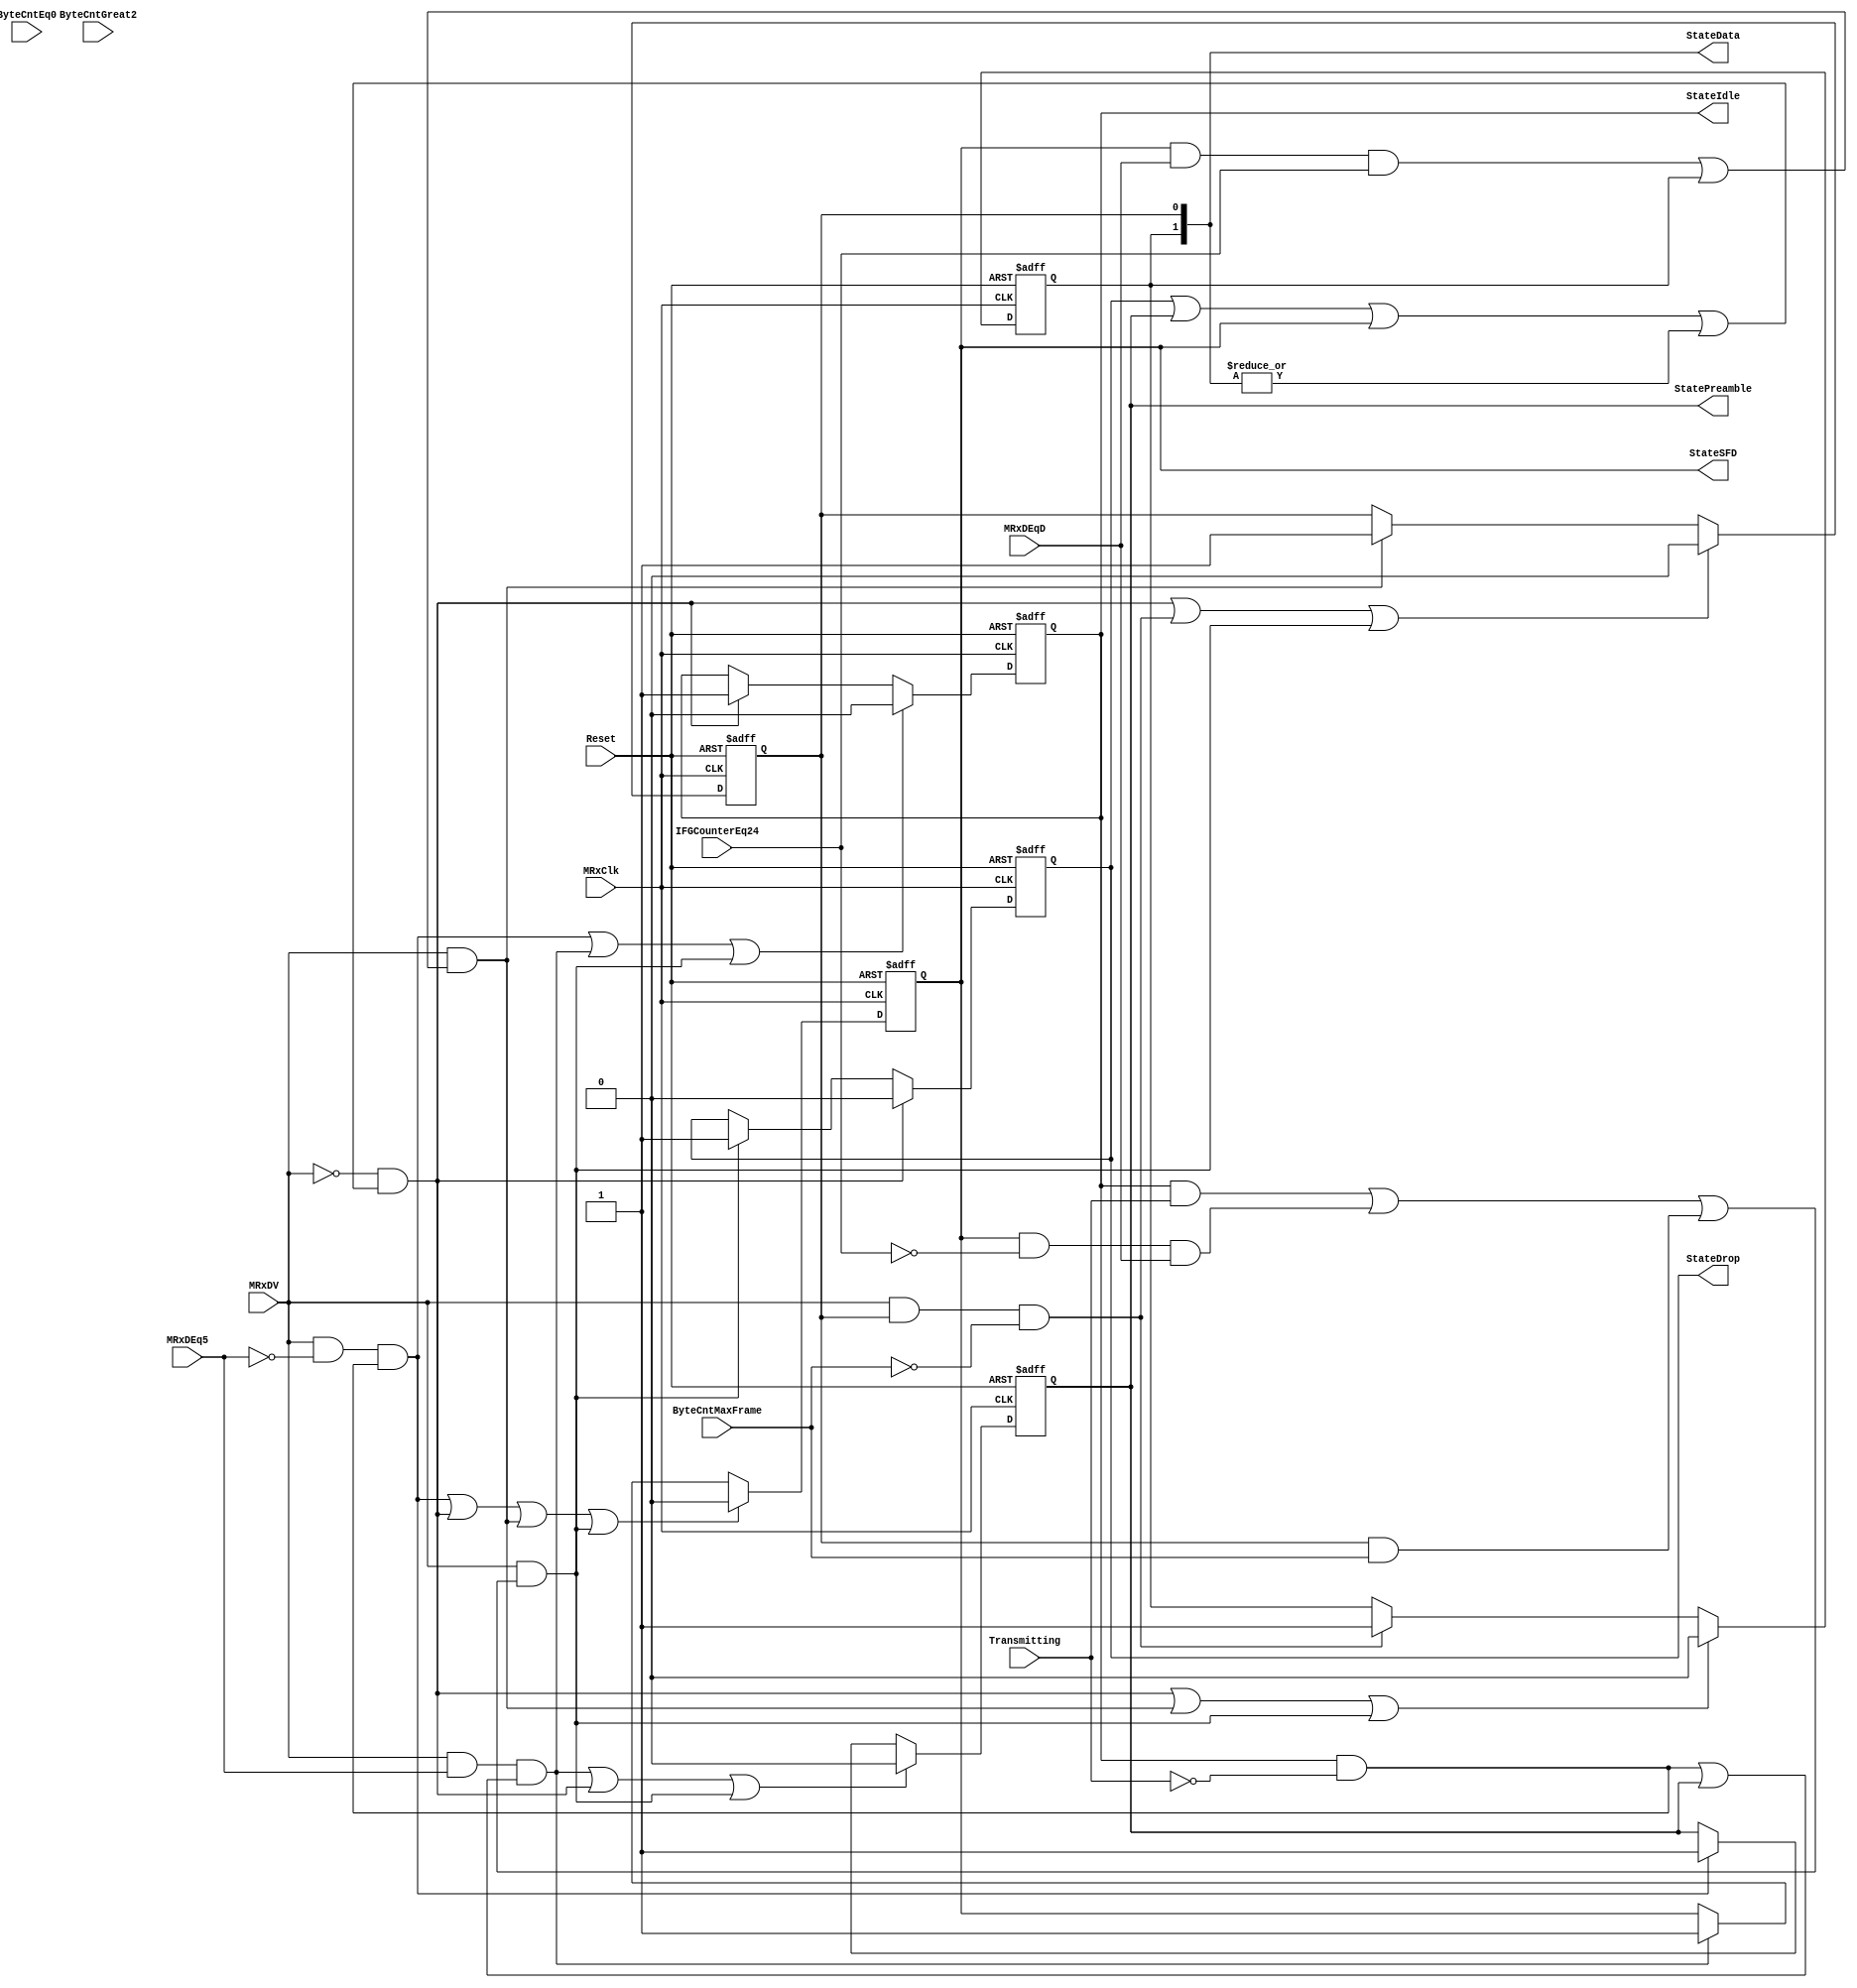
module eth_rxstatem (MRxClk, Reset, MRxDV, ByteCntEq0, ByteCntGreat2, Transmitting, MRxDEq5, MRxDEqD, 
                     IFGCounterEq24, ByteCntMaxFrame, StateData, StateIdle, StatePreamble, StateSFD, 
                     StateDrop
                    );

input         MRxClk;
input         Reset;
input         MRxDV;
input         ByteCntEq0;
input         ByteCntGreat2;
input         MRxDEq5;
input         Transmitting;
input         MRxDEqD;
input         IFGCounterEq24;
input         ByteCntMaxFrame;

output [1:0]  StateData;
output        StateIdle;
output        StateDrop;
output        StatePreamble;
output        StateSFD;

reg           StateData0;
reg           StateData1;
reg           StateIdle;
reg           StateDrop;
reg           StatePreamble;
reg           StateSFD;

wire          StartIdle;
wire          StartDrop;
wire          StartData0;
wire          StartData1;
wire          StartPreamble;
wire          StartSFD;


// Defining the next state
assign StartIdle = ~MRxDV & (StateDrop | StatePreamble | StateSFD | (|StateData));

assign StartPreamble = MRxDV & ~MRxDEq5 & (StateIdle & ~Transmitting);

assign StartSFD = MRxDV & MRxDEq5 & (StateIdle & ~Transmitting | StatePreamble);

assign StartData0 = MRxDV & (StateSFD & MRxDEqD & IFGCounterEq24 | StateData1);

assign StartData1 = MRxDV & StateData0 & (~ByteCntMaxFrame);

assign StartDrop = MRxDV & (StateIdle & Transmitting | StateSFD & ~IFGCounterEq24 &
                   MRxDEqD |  StateData0 &  ByteCntMaxFrame);

// Rx State Machine
always @ (posedge MRxClk or posedge Reset)
begin
  if(Reset)
    begin
      StateIdle     <=  1'b0;
      StateDrop     <=  1'b1;
      StatePreamble <=  1'b0;
      StateSFD      <=  1'b0;
      StateData0    <=  1'b0;
      StateData1    <=  1'b0;
    end
  else
    begin
      if(StartPreamble | StartSFD | StartDrop)
        StateIdle <=  1'b0;
      else
      if(StartIdle)
        StateIdle <=  1'b1;

      if(StartIdle)
        StateDrop <=  1'b0;
      else
      if(StartDrop)
        StateDrop <=  1'b1;

      if(StartSFD | StartIdle | StartDrop)
        StatePreamble <=  1'b0;
      else
      if(StartPreamble)
        StatePreamble <=  1'b1;

      if(StartPreamble | StartIdle | StartData0 | StartDrop)
        StateSFD <=  1'b0;
      else
      if(StartSFD)
        StateSFD <=  1'b1;

      if(StartIdle | StartData1 | StartDrop)
        StateData0 <=  1'b0;
      else
      if(StartData0)
        StateData0 <=  1'b1;

      if(StartIdle | StartData0 | StartDrop)
        StateData1 <=  1'b0;
      else
      if(StartData1)
        StateData1 <=  1'b1;
    end
end

assign StateData[1:0] = {StateData1, StateData0};

endmodule